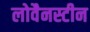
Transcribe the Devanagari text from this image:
लोवैनस्टीन